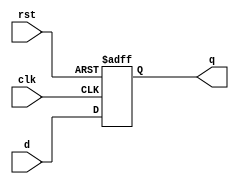

module dflipflop(
  input d, 
  input clk, 
  input rst, 
  output reg q
);
  
  always@(posedge clk, negedge rst)
    begin
	if(!rst)
      	     q<=0;
        else
             q<=d;
    end
  
endmodule